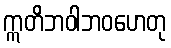
ဣတိဘဝါဘဝဟေတု